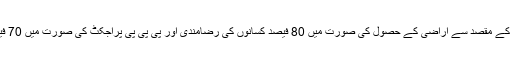
ان ترمیمات کے ذریعہ خانگی کمپنیوں کیلئے بڑے پراجکٹس کے مقصد سے اراضی کے حصول کی صورت میں 80 فیصد کسانوں کی رضامندی اور پی پی پی پراجکٹ کی صورت میں 70 فیصد کسانوں کی رضامندی کو ضروری نہیں قرار دیا گیا ہے۔